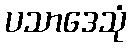
ပသာဒေသုံ